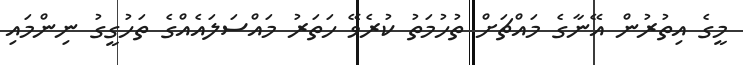
މީގެ އިތުރުން އޭނާގެ މައްޗަށް ތުހުމަތު ކުރެވޭ ހަތަރު މައްސަލައެއްގެ ތަހުގީގު ނިންމައި